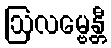
ဩလမ္ဗေန္တီ